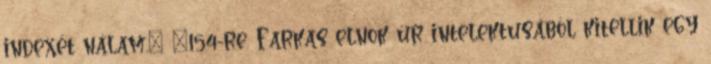
indexét nálam.” „154-re. Farkas elnök úr intelektusából kitellik egy